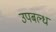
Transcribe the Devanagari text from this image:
उपबल्ध